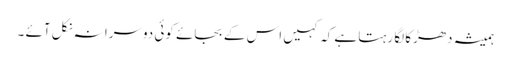
ہمیشہ دھڑکا لگا رہتا ہے کہ کہیں اس کے بجائے کوئی دوسرا نہ نکل آئے ۔